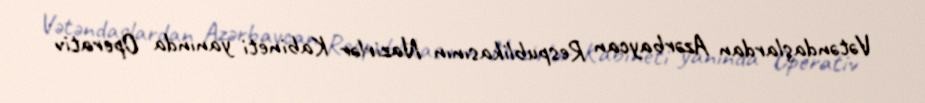
Vətəndaşlardan Azərbaycan Respublikasının Nazirlər Kabineti yanında Operativ